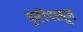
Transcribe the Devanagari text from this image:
द्वीपासून